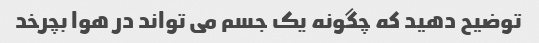
توضیح دهید که چگونه یک جسم می تواند در هوا بچرخد